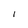
Character: l